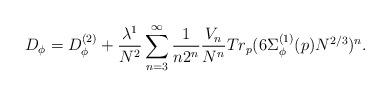
LaTeX: \begin{align*}D_{\phi} = D_{\phi}^{(2)} + \frac{\lambda^1}{N^2} \sum_{n=3}^{\infty}\frac{1}{n 2^n}\frac{V_n}{N^n}Tr_p (6 \Sigma^{(1)}_{\phi}(p) N^{2/3})^n.\end{align*}